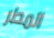
المطر